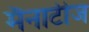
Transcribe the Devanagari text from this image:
मैनाटीज